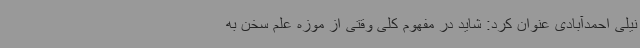
نیلی احمدآبادی عنوان کرد: شاید در مفهوم کلی وقتی از موزه علم سخن به